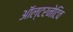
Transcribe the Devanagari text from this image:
ऑल्‍टरनेटिव